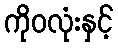
ကိုဝလုံးနှင့်